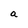
Character: a